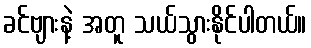
ခင်ဗျားနဲ့ အတူ သယ်သွားနိုင်ပါတယ်။